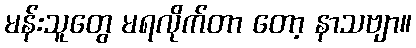
မန်းသူတွေ မရလိုက်တာ တော့ နာသဗျာ။